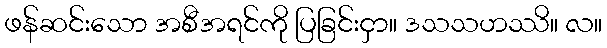
ဖန်ဆင်းသော အစီအရင်ကို ပြခြင်းငှာ။ ဒသသဟဿိ။ လ။